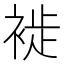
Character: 𧚺